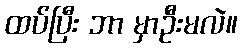
ထပ်ပြီး ဘာ မှာဦးမလဲ။